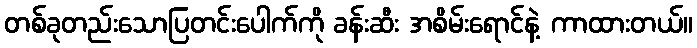
တစ်ခုတည်းသောပြတင်းပေါက်ကို ခန်းဆီး အစိမ်းရောင်နဲ့ ကာထားတယ်။